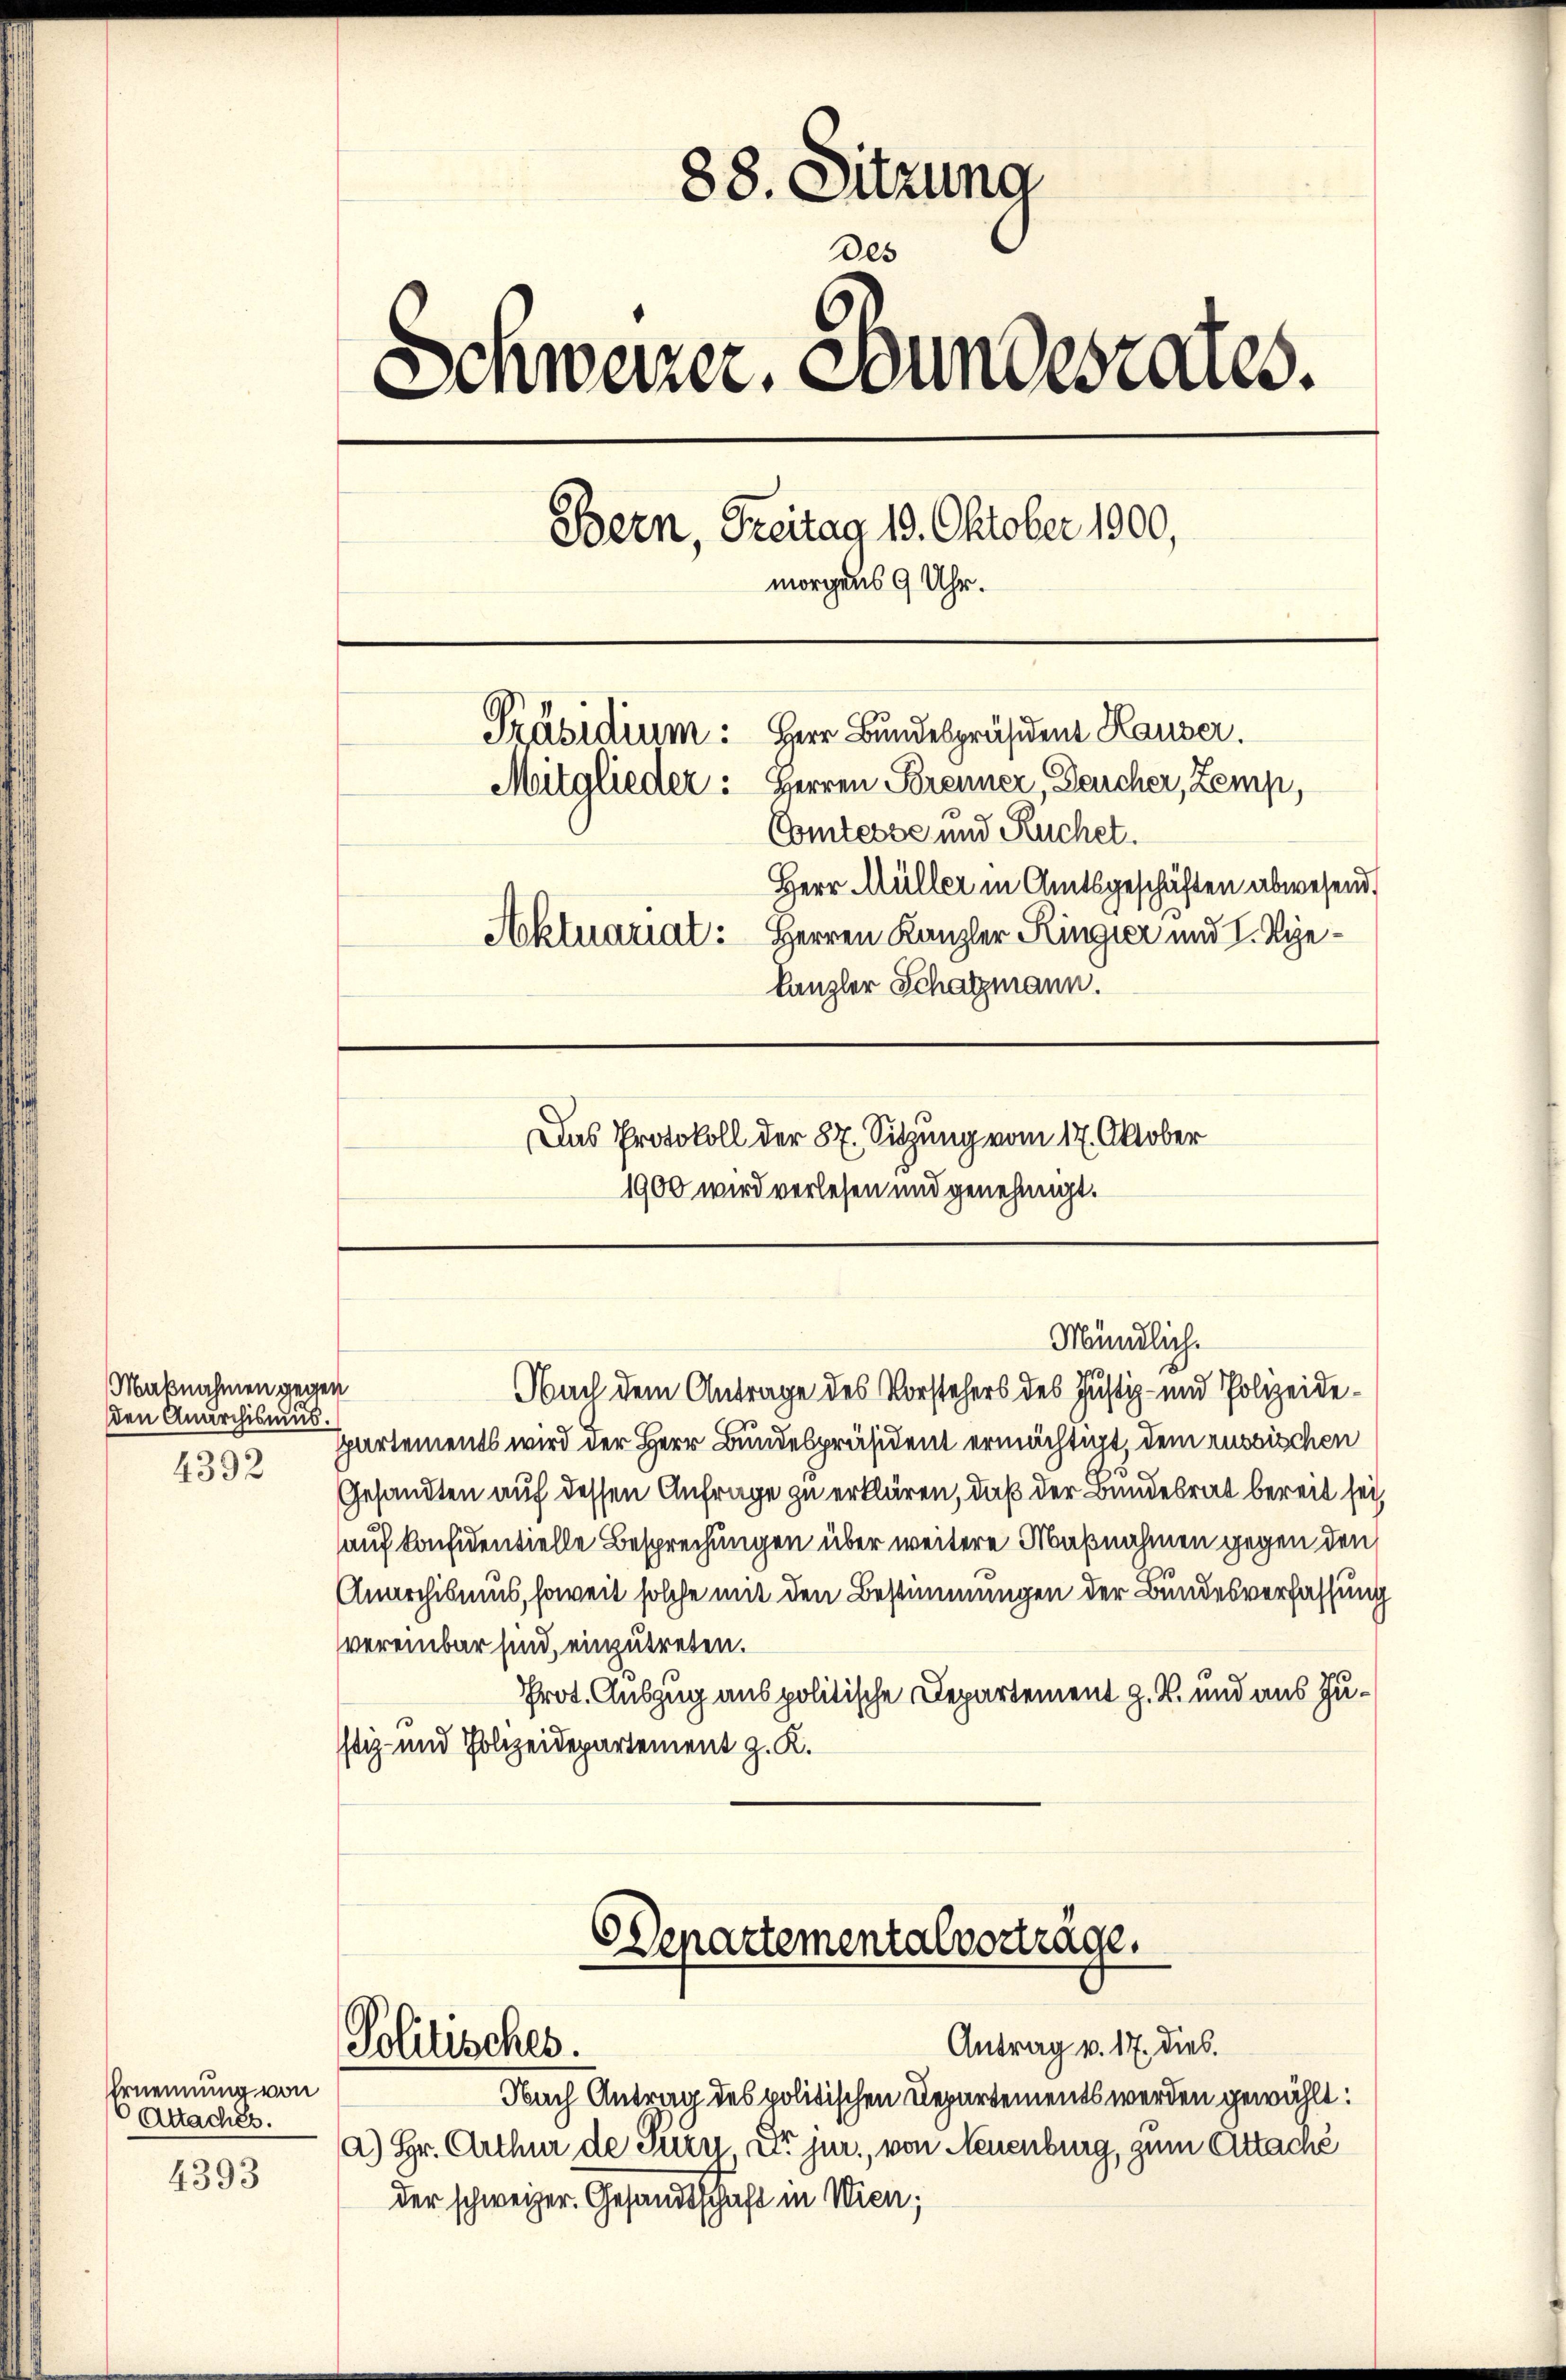
Maknahmen gegen
den Anarchismus.
4392

Ernennung von
Attachés.
4393

88. Sitzung
Des
Schweizer, Bundesrates.
Bern, Treitag 19. Oktober 1900,
morgens 9 Uhr.
Präsidium: Herr Bundespräsident Hauser.
Mitglieder: Herren Brenner, Bercher, Zemp,
Comtesse und Ruchet.
Herr Müller in Amtsgeschäften abwesend,
Aktuariat: Herren Kanzler Ringier und I. Rie¬
Canzler Schatzmann.
Das Protokoll der 87. Sitzung vom 17. Oktober
1900 wird verlesen und genehmigt.

Spartements wird der Herr Bundespräsident ermächtigt, dem russischen
Gesandten auf dessen Anfrage zu erklären, daß der Bundesrat bereit sei,
auf konsidentielle Besprechungen über weitere Maßnahmen gegen den
Anarchismus, soweit solche mit den Bestimmungen der Bundesverfassung
vereinbar sind, einzutreten.
Prot. Auszug aus politische Departement z. B. und aus Zustiz- und Polizeidepartement z. K.

Departementalvorträge.
Antrag v. 17. dies.
Politisches.
Nach Antrag des politischen Departements werden gewählt:

Mündlich.
Nach dem Antrage des Vorstehers des Justiz- und Polizeide¬

a) Hr. Arthur de Pern Dr jur., von Neuenburg, zum Attaché
der schweizer. Gesandtschaft in Wien;